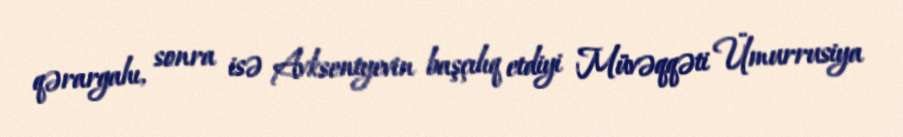
qərargahı, sonra isə Avksentyevin başçılıq etdiyi Müvəqqəti Ümurrusiya